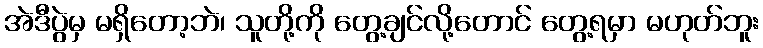
အဲဒီပွဲမှ မရှိတော့ဘဲ၊ သူတို့ကို တွေ့ချင်လို့တောင် တွေ့ရမှာ မဟုတ်ဘူး